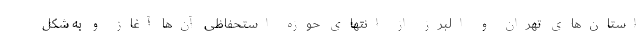
استان‌های تهران و البرز از انتهای حوزه استحفاظی آن‌ها آغاز و به شکل